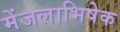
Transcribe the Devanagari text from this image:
मेंजलाभिषेक